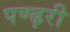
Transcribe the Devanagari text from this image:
पण्ढ़री